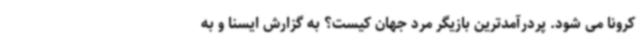
کرونا می شود. پردرآمدترین بازیگر مرد جهان کیست؟ به گزارش ایسنا و به